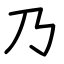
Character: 乃